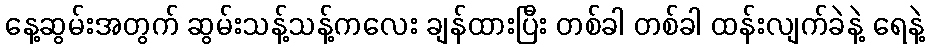
နေ့ဆွမ်းအတွက် ဆွမ်းသန့်သန့်ကလေး ချန်ထားပြီး တစ်ခါ တစ်ခါ ထန်းလျက်ခဲနဲ့ ရေနဲ့